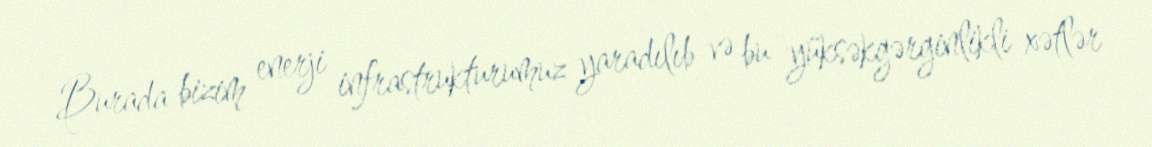
Burada bizim enerji infrastrukturumuz yaradılıb və bu yüksəkgərginlikli xətlər